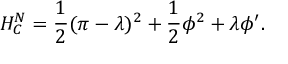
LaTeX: { \cal { H } } _ { C } ^ { N } = \frac { 1 } { 2 } ( \pi - \lambda ) ^ { 2 } + \frac { 1 } { 2 } \phi ^ { 2 } + \lambda \phi ^ { \prime } .